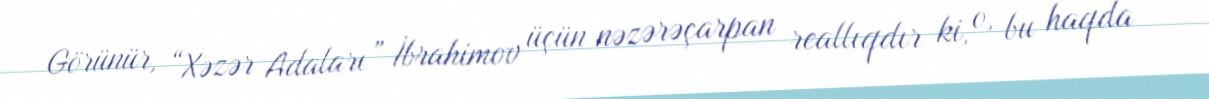
Görünür, “Xəzər Adaları” İbrahimov üçün nəzərəçarpan reallıqdır ki, o, bu haqda